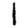
Digit: 1